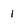
Character: 1